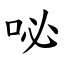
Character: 咇